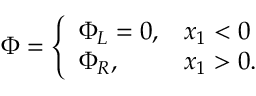
\Phi = \left\{ \begin{array} { l l } { \Phi _ { L } = 0 , } & { x _ { 1 } < 0 } \\ { \Phi _ { R } , } & { x _ { 1 } > 0 . } \end{array} \right.